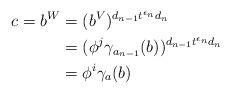
LaTeX: \begin{align*}c=b^W&=(b^V)^{d_{n-1}t^{\epsilon_n}d_n}\\&=(\phi^j\gamma_{a_{n-1}}(b))^{d_{n-1}t^{\epsilon_n}d_n}\\&=\phi^i\gamma_{a}(b)\end{align*}